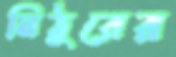
নিঠুরের